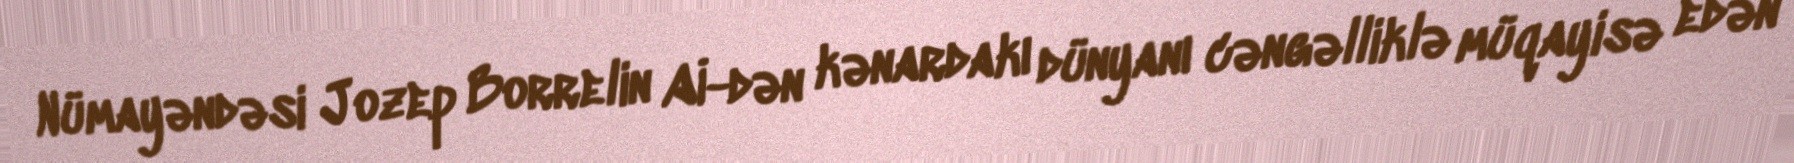
Nümayəndəsi Jozep Borrelin Aİ-dən kənardakı dünyanı cəngəlliklə müqayisə edən